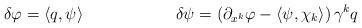
LaTeX: \begin{align*}\delta\varphi &= \langle q, \psi \rangle & \delta\psi &= \left(\partial_{x^k}\varphi - \langle\psi, \chi_k\rangle\right)\gamma^k q\end{align*}